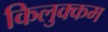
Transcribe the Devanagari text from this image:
किलुक्कम